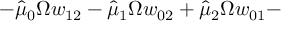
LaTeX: - \hat { \mu } _ { 0 } \Omega w _ { 1 2 } - \hat { \mu } _ { 1 } \Omega w _ { 0 2 } + \hat { \mu } _ { 2 } \Omega w _ { 0 1 } -